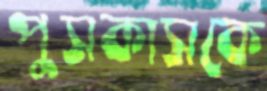
পুসকাসকে